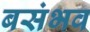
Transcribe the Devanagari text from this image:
बसंभव